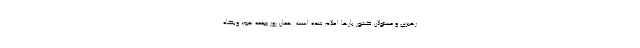
رهبری و مسئولان کشور بار‌ها اعلام شده است. همان روز جمعه هم، وبگاه